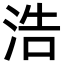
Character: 浩